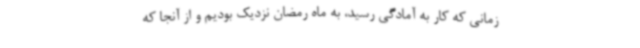
زمانی که کار به آمادگی رسید، به ماه رمضان نزدیک بودیم و از آنجا که